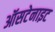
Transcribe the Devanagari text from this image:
ऑसटेनाइट